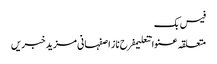
فیس بک
متعلقہ عنوانتعلیمفرح ناز اصفہانی مزید خبریں